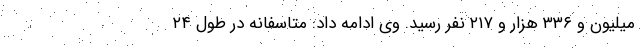
میلیون و ۳۳۶ هزار و ۲۱۷ نفر رسید. وی ادامه داد: متاسفانه در طول ۲۴